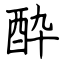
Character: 酔